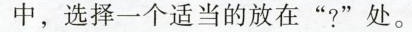
中，选择一个适当的放在“?”处。